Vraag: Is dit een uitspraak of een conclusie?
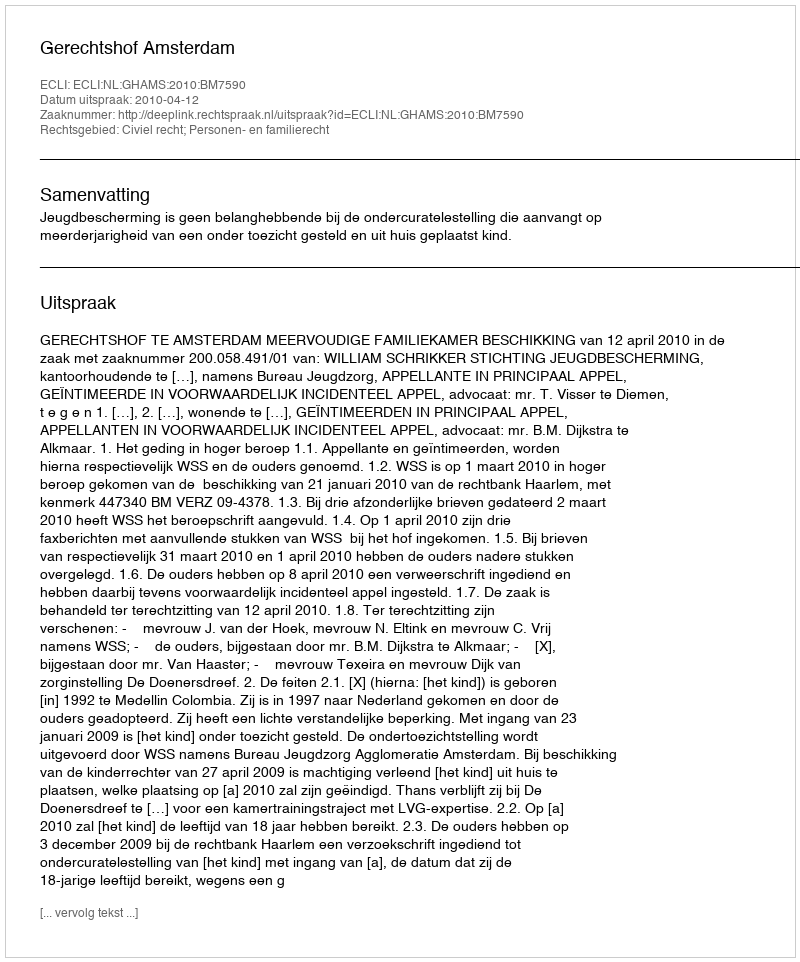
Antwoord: Uitspraak